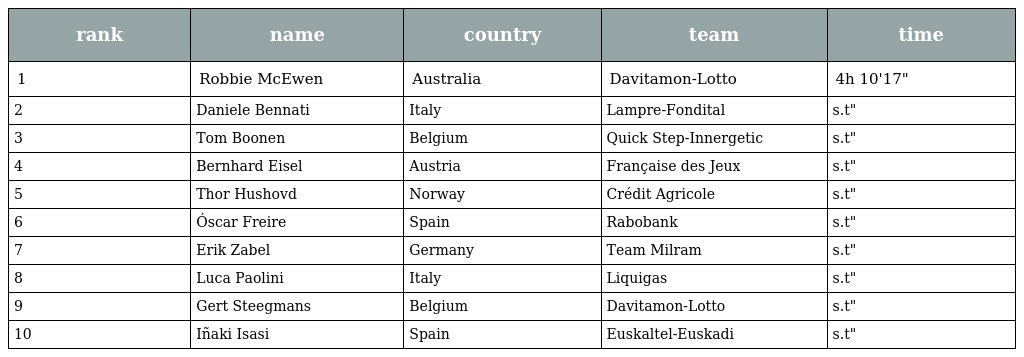
| rank | name | country | team | time |
 | --- | --- | --- | --- | --- |
 | 1 | Robbie McEwen | Australia | Davitamon-Lotto | 4h 10'17" |
 | 2 | Daniele Bennati | Italy | Lampre-Fondital | s.t" |
 | 3 | Tom Boonen | Belgium | Quick Step-Innergetic | s.t" |
 | 4 | Bernhard Eisel | Austria | Française des Jeux | s.t" |
 | 5 | Thor Hushovd | Norway | Crédit Agricole | s.t" |
 | 6 | Óscar Freire | Spain | Rabobank | s.t" |
 | 7 | Erik Zabel | Germany | Team Milram | s.t" |
 | 8 | Luca Paolini | Italy | Liquigas | s.t" |
 | 9 | Gert Steegmans | Belgium | Davitamon-Lotto | s.t" |
 | 10 | Iñaki Isasi | Spain | Euskaltel-Euskadi | s.t" |